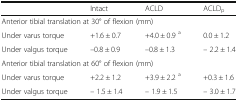
<table><thead><tr><td></td><td><b>Intact</b></td><td><b>ACLD</b></td><td><b>ACLD<sub>p</sub></b></td></tr></thead><tbody><tr><td colspan="4">Anterior tibial translation at 30° of flexion (mm)</td></tr><tr><td>Under varus torque</td><td>+1.6 ± 0.7</td><td>+4.0 ± 0.9 <sup>a</sup></td><td>0.0 ± 1.2</td></tr><tr><td>Under valgus torque</td><td>–0.8 ± 0.9</td><td>–0.8 ± 1.3</td><td>– 2.2 ± 1.4</td></tr><tr><td colspan="4">Anterior tibial translation at 60° of flexion (mm)</td></tr><tr><td>Under varus torque</td><td>+2.2 ± 1.2</td><td>+3.9 ± 2.2 <sup>a</sup></td><td>+0.3 ± 1.6</td></tr><tr><td>Under valgus torque</td><td>– 1.5 ± 1.4</td><td>– 1.9 ± 1.5</td><td>– 3.0 ± 1.7</td></tr></tbody></table>